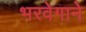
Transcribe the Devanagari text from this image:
भरवेगाने